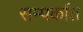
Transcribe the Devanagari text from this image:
सम्पर्कात